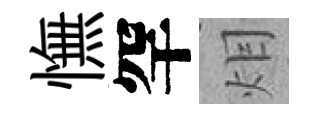
憮罕𤇆